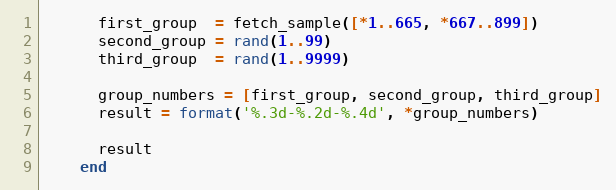
Language: Ruby
      first_group  = fetch_sample([*1..665, *667..899])
      second_group = rand(1..99)
      third_group  = rand(1..9999)

      group_numbers = [first_group, second_group, third_group]
      result = format('%.3d-%.2d-%.4d', *group_numbers)

      result
    end